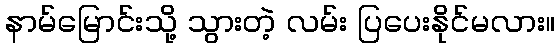
နာမ်မြောင်းသို့ သွားတဲ့ လမ်း ပြပေးနိုင်မလား။